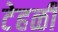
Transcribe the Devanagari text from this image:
टेहळी